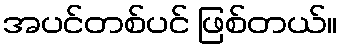
အပင်တစ်ပင် ဖြစ်တယ်။